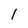
Character: 1